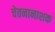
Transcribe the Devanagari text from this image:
चेतनानाशक